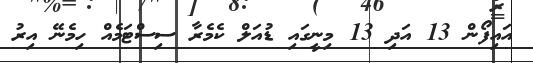
އައިފޯން 13 އަދި 13 މިނީގައި ޑުއަލް ކެމެރާ ސިސްޓަމެއް ހިމެނޭ އިރު